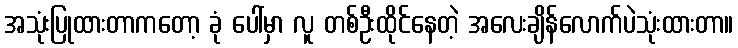
အသုံးပြုထားတာကတော့ ခုံ ပေါ်မှာ လူ တစ်ဦးထိုင်နေတဲ့ အလေးချိန်လောက်ပဲသုံးထားတာ။